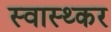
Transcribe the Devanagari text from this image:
स्वास्थ्कर